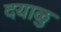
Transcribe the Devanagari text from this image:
दयाळु